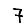
Digit: 7